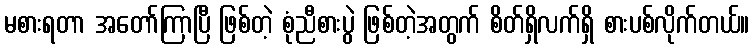
မစားရတာ အတော်ကြာပြီ ဖြစ်တဲ့ စုံညီစားပွဲ ဖြစ်တဲ့အတွက် စိတ်ရှိလက်ရှိ စားပစ်လိုက်တယ်။